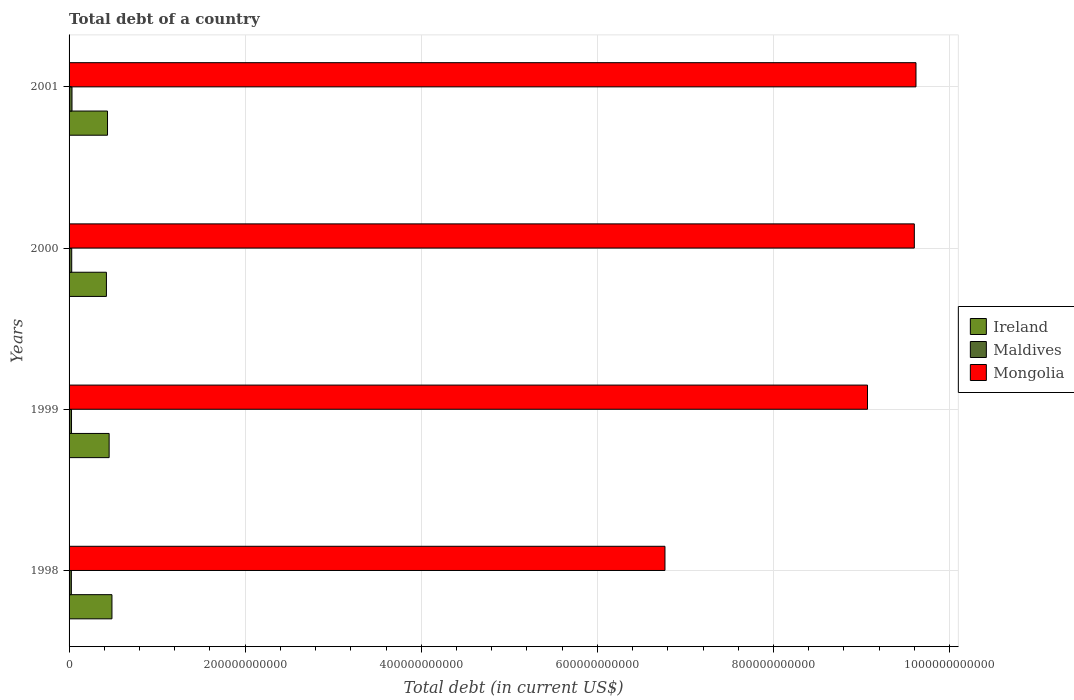
| Years | Ireland | Maldives | Mongolia |
 | --- | --- | --- | --- |
 | 1998 | 4.87e+10 | 2.61e+09 | 6.77e+11 |
 | 1999 | 4.55e+10 | 2.78e+09 | 9.07e+11 |
 | 2000 | 4.24e+10 | 3e+09 | 9.6e+11 |
 | 2001 | 4.37e+10 | 3.33e+09 | 9.62e+11 |